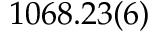
1 0 6 8 . 2 3 ( 6 )